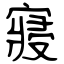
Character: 寢